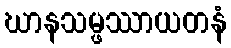
ဃာနသမ္ဖဿာယတနံ